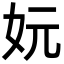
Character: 妧